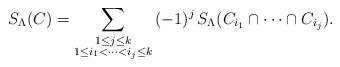
LaTeX: \begin{align*} S_\Lambda (C) = \sum_{ \substack{ 1 \leq j \leq k \\ 1 \leq i_1 < \cdots < i_j \leq k } } {} (-1)^j \, S_\Lambda (C_{i_1} \cap \cdots \cap C_{i_j}). \end{align*}